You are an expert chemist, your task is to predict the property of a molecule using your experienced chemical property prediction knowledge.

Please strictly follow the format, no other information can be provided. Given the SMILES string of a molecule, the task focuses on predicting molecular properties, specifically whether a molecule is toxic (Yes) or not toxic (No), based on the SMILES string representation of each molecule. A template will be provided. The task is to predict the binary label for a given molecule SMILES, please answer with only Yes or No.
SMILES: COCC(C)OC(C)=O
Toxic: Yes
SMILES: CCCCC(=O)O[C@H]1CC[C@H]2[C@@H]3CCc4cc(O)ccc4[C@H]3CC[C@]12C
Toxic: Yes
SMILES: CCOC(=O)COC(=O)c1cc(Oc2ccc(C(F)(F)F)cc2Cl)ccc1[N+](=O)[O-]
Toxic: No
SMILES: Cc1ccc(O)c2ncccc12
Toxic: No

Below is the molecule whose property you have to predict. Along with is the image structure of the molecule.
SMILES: O=C1CC[C@@]2(O)[C@H]3Cc4ccc(O)c5c4[C@@]2(CCN3CC2CC2)[C@H]1O5
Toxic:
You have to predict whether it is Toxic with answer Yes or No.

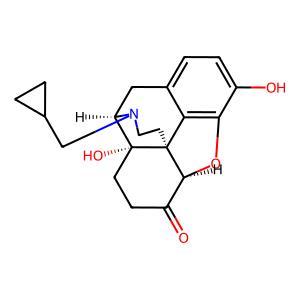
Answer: No